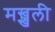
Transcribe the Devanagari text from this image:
मख्खली